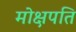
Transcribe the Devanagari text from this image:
मोक्षपति